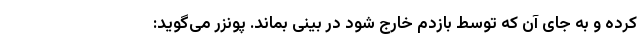
کرده و به جای آن که توسط بازدم خارج شود در بینی بماند. پونزر می‌گوید: